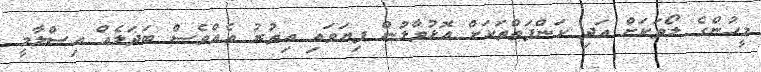
މީހުންގެ ލޯތަކަށް އަދި ކަންފަތްތަކަށް އޮޅުވާލުން ފިޔަވައި އިތުރު އެއްވެސް ބަދަލެއް އިސްލާމީ